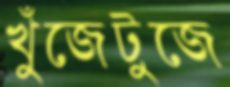
খুঁজেটুজে